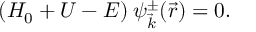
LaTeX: ( H _ { 0 } + U - E ) \: \psi _ { \vec { k } } ^ { \pm } ( \vec { r } ) = 0 .